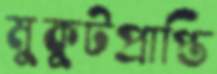
মুকুটপ্রাপ্তি